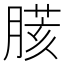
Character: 𦟍